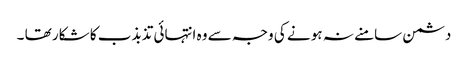
دشمن سامنے نہ ہو نے کی وجہ سے وہ انتہائی تذبذب کا شکار تھا ۔